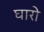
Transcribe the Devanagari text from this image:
घारो